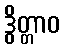
ဒွိတ္တာဝ